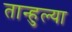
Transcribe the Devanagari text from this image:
तान्हुल्या